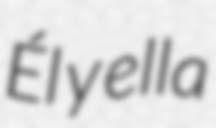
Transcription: Él y ella